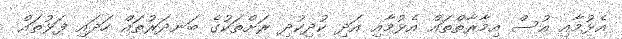
އެޅުމާއި އުސް އިމާރާތްތައް އެޅުމާއި އަދި ކުދިކުދި ރަށްތަކުގެ ބަނދަރުތައް ހަދައި ފަޅުތައް